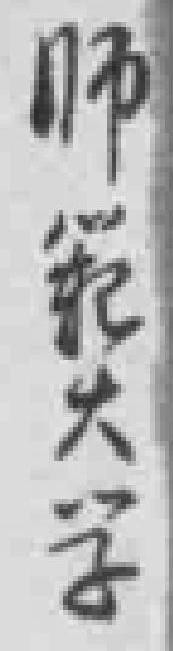
师範大学